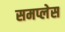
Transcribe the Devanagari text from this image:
समप्लेस